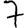
Digit: 7